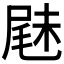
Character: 𡲧